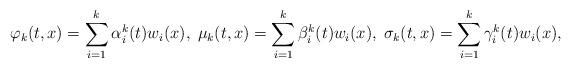
LaTeX: \begin{align*}\varphi_{k}(t,x) =\sum_{i=1}^{k} \alpha_{i}^{k}(t) w_{i}(x), \; \mu_{k}(t,x) = \sum_{i=1}^{k} \beta_{i}^{k}(t) w_{i}(x), \; \sigma_{k}(t,x) = \sum_{i=1}^{k} \gamma_{i}^{k}(t) w_{i}(x),\end{align*}